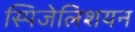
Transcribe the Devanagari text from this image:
स्पिजेलिशयन